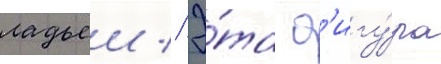
ладьеи // Э́та ф'игу́ра